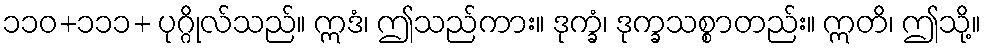
၁၁၀+၁၁၁+ ပုဂ္ဂိုလ်သည်။ ဣဒံ၊ ဤသည်ကား။ ဒုက္ခံ၊ ဒုက္ခသစ္စာတည်း။ ဣတိ၊ ဤသို့။